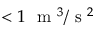
< 1 ~ \mathrm { ~ m ~ } ^ { 3 } / \mathrm { ~ s ~ } ^ { 2 }